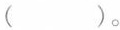
( )。